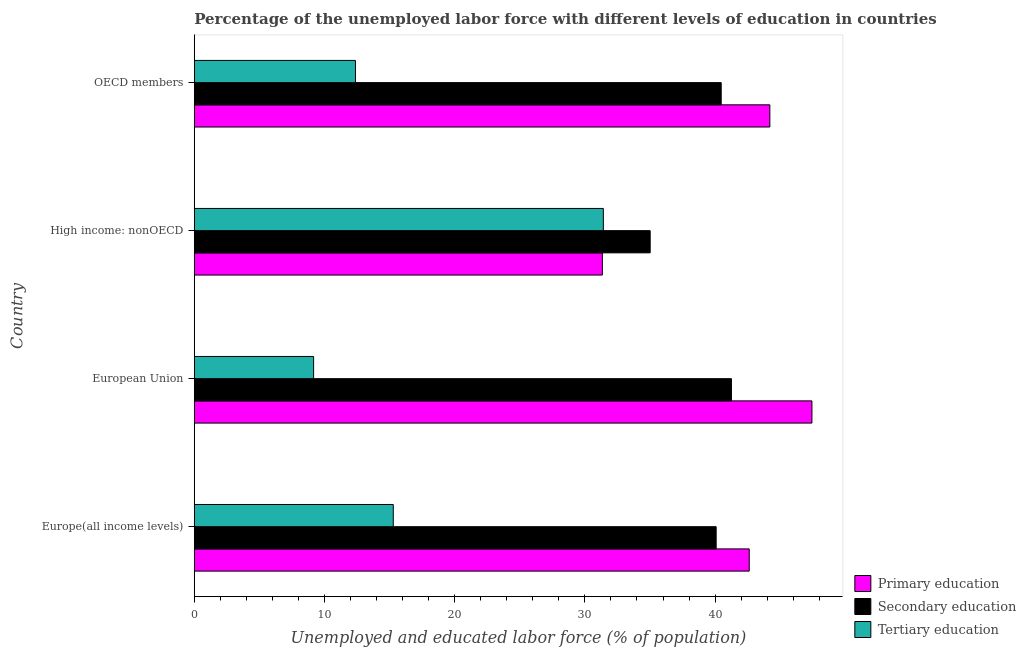
| Country | Primary education | Secondary education | Tertiary education |
 | --- | --- | --- | --- |
 | Europe(all income levels) | 42.6 | 40.1 | 15.3 |
 | European Union | 47.4 | 41.3 | 9.17 |
 | High income: nonOECD | 31.3 | 35 | 31.4 |
 | OECD members | 44.2 | 40.5 | 12.4 |